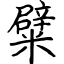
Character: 糪